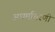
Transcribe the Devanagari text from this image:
अधर्माचरणी